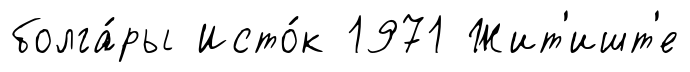
болга́ры Исто́к 1971 Жит'ишт'е